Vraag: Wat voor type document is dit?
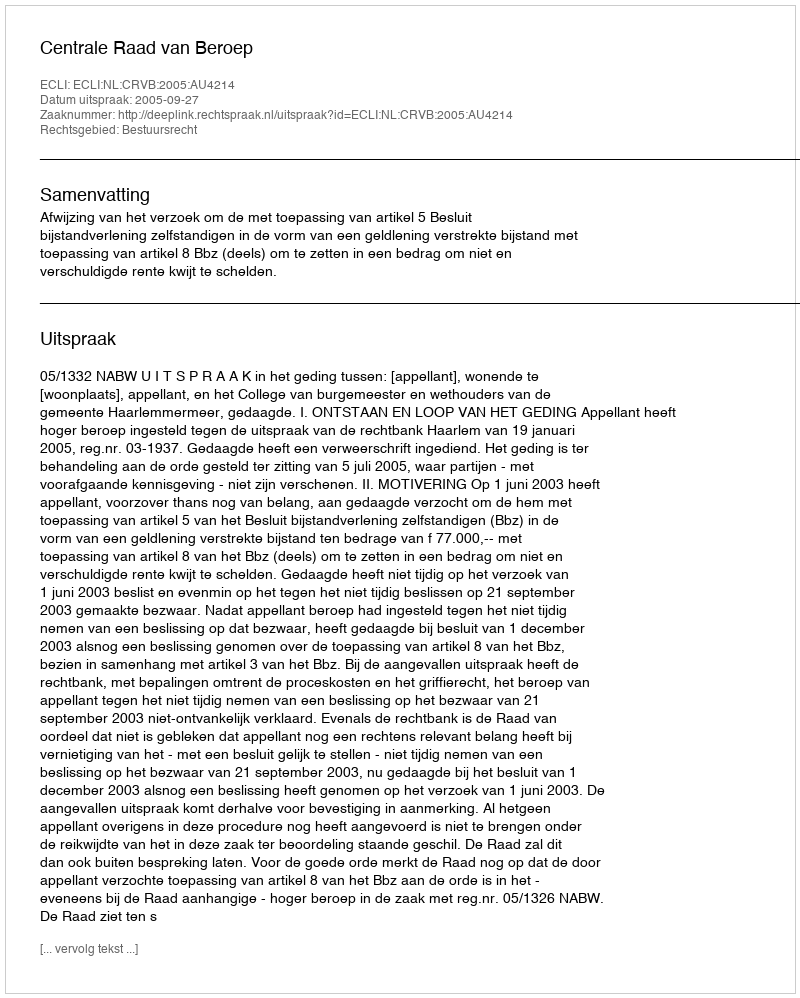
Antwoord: Uitspraak